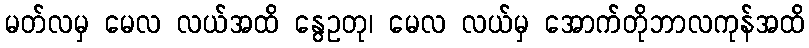
မတ်လမှ မေလ လယ်အထိ နွေဥတု၊ မေလ လယ်မှ အောက်တိုဘာလကုန်အထိ